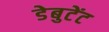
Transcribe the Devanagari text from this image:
डेबुटेंट